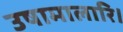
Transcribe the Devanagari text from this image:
उषामालारि।